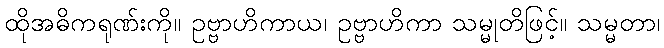
ထိုအဓိကရုဏ်းကို။ ဥဗ္ဗာဟိကာယ၊ ဥဗ္ဗာဟိကာ သမ္မုတိဖြင့်။ သမ္မတာ၊